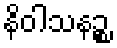
နိဝါသနဉ္စ